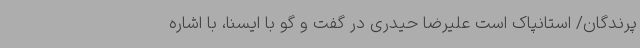
پرندگان/ استانپاک است علیرضا حیدری در گفت و گو با ایسنا، با اشاره